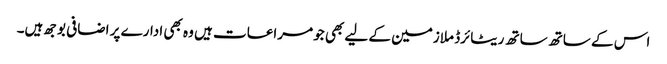
اس کے ساتھ ساتھ ریٹائرڈ ملازمین کے لیے بھی جو مراعات ہیں وہ بھی ادارے پر اضافی بوجھ ہیں۔